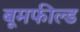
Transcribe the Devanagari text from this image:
बूमफील्ड